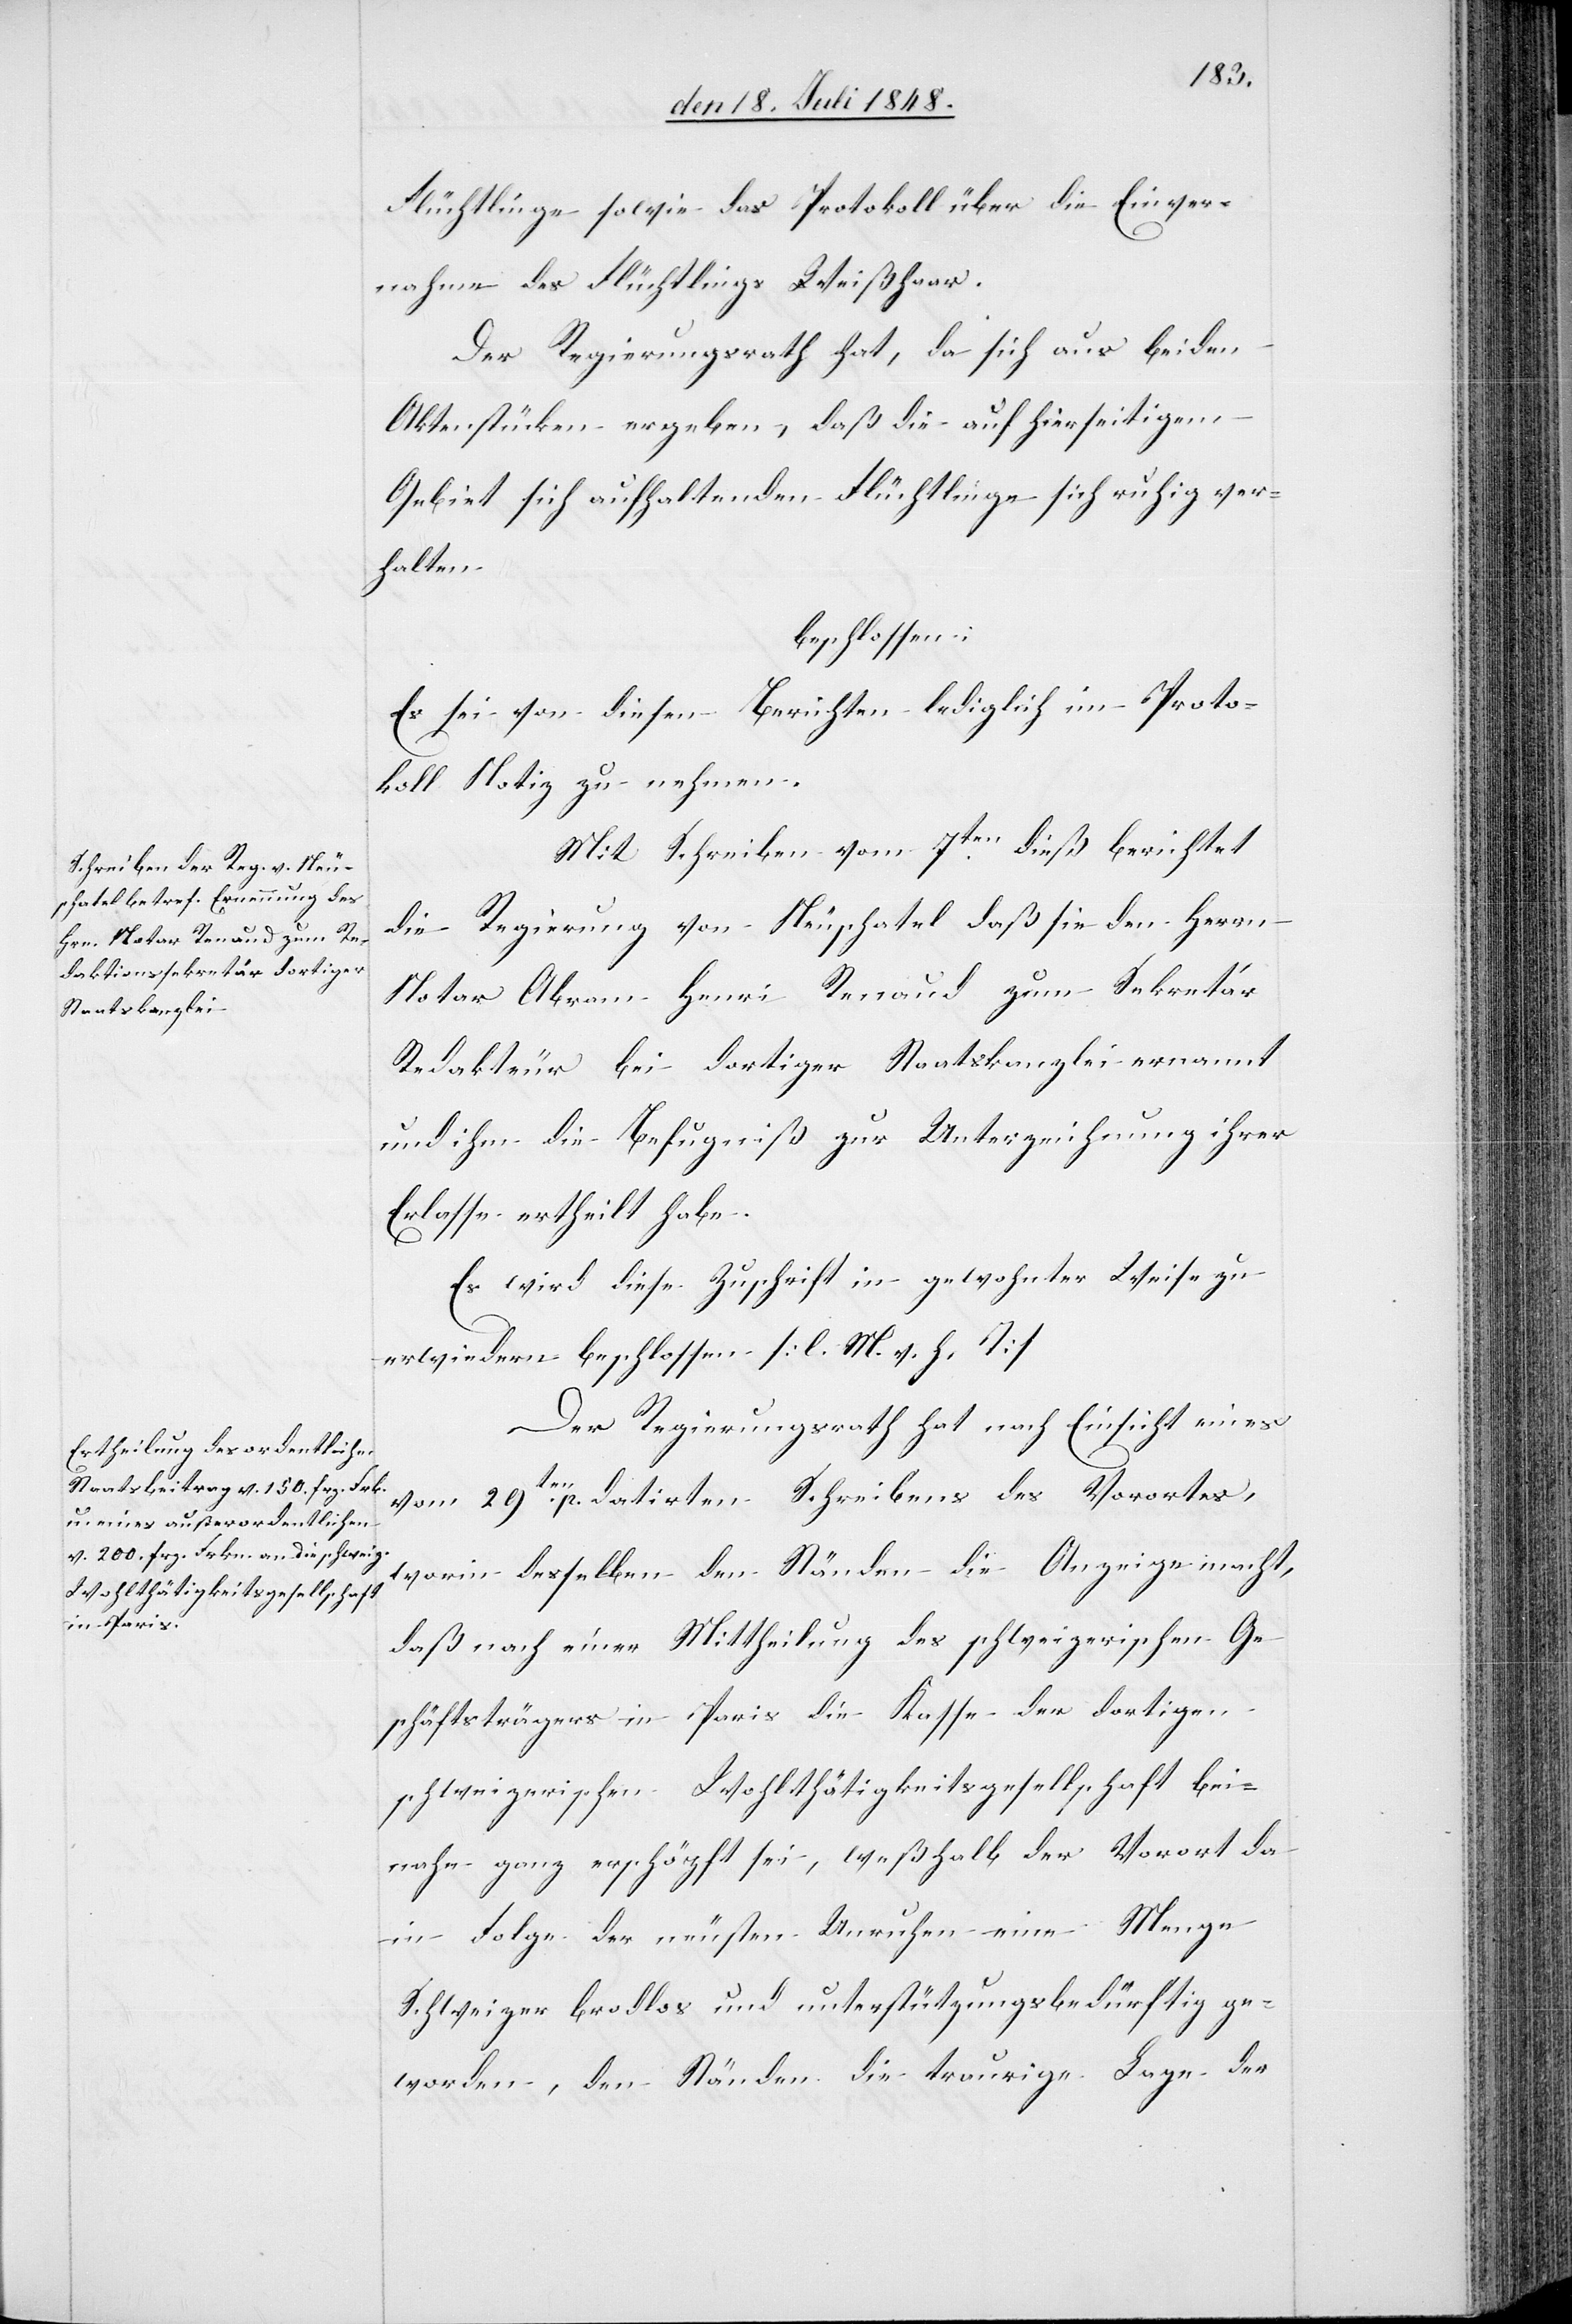
Flüchtlinge sowie das Protokoll über die Einver¬
nahme des Flüchtlings Weißhaar.
Der Regierungsrath hat, da sich aus beiden
Aktenstücken ergeben, daß die auf hierseitigem
Gebiet sich aufhaltenden Flüchtlinge sich ruhig ver¬
halten
beschlossen:
Es sei von diesen Berichten lediglich im Proto¬
koll Notiz zu nehmen.
Mit Schreiben vom 7ten dieß berichtet
die Regierung von Neuschatel daß sie den Herrn
Notar Abram Henri Renaud zum Sekretär
Redakteur bei dortiger Staatskanzlei ernannt
und ihm die Befugniß zur Unterzeichnung ihrer
Erlasse ertheilt habe.
Es wird diese Zuschrift in gewohnter Weise zu
erwiedern beschlossen. [l. M. v. h. T]
Der Regierungsrath hat nach Einsicht eines
vom 29ten p. datirten Schreibens des Vorortes,
worin desselben den Ständen die Anzeige macht,
daß nach einer Mittheilung des schweizerischen Ge¬
schäftsträgers in Paris die Kasse der dortigen
schweizerischen Wohlthätigkeitsgesellschaft bei¬
nahe ganz erschöpft sei, weßhalb der Vorort da
in Folge der neusten Unruhen eine Menge
Schweizer brodlos und unterstützungsbedürftig ge¬
worden, den Ständen die traurige Lage der